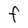
Character: F